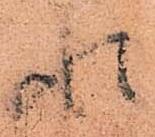
れ